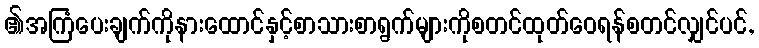
၏အကြံပေးချက်ကိုနားထောင်နှင့်စာသားစာရွက်များကိုစတင်ထုတ်ဝေရန်စတင်လျှင်ပင်,